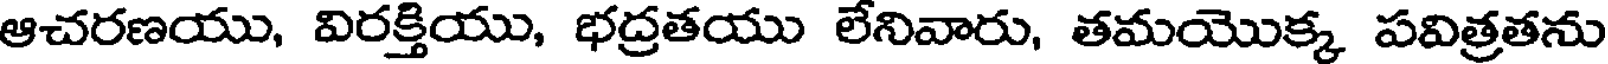
ఆచరణయు, విరక్తియు, భద్రతయు లేనివారు, తమయొక్క పవిత్రతను